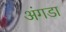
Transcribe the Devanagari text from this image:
अंगडा